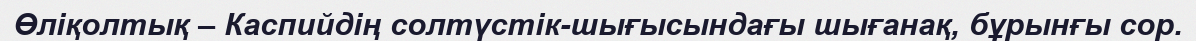
Өліқолтық – Каспийдің солтүстік-шығысындағы шығанақ, бұрынғы сор.